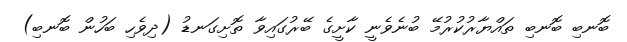
ބޮނބި ބޮނބި ތައްޔާރުކުރުމޭ ބުނެވެނީ ކާށީގެ ބޭރުގައިވާ ތޮށިގަނޑު (ދިވެހި ބަހުން ބޮނބި)